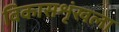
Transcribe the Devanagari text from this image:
विकासशृंखला